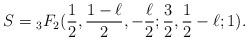
LaTeX: \begin{align*} S = {}_{3}F_2 (\frac{1}{2},\frac{1-\ell}{2},-\frac{\ell}{2};\frac{3}{2}, \frac{1}{2}-\ell;1).\end{align*}